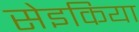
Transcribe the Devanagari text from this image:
सेइकिया